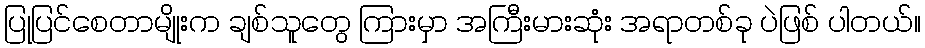
ပြုပြင်စေတာမျိုးက ချစ်သူတွေ ကြားမှာ အကြီးမားဆုံး အရာတစ်ခု ပဲဖြစ် ပါတယ်။